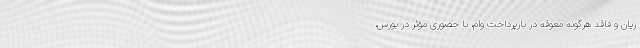
زیان و فاقد هرگونه معوقه در بازپرداخت وام، با حضوری مؤثر در بورس،